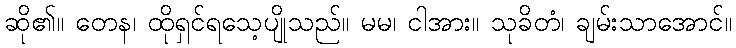
ဆို၏။ တေန၊ ထိုရှင်ရသေ့ပျိုသည်။ မမ၊ ငါအား။ သုခိတံ၊ ချမ်းသာအောင်။